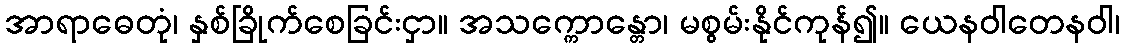
အာရာဓေတုံ၊ နှစ်ခြိုက်စေခြင်းငှာ။ အသက္ကောန္တော၊ မစွမ်းနိုင်ကုန်၍။ ယေနဝါတေနဝါ၊